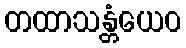
တထာသန္တံယေဝ